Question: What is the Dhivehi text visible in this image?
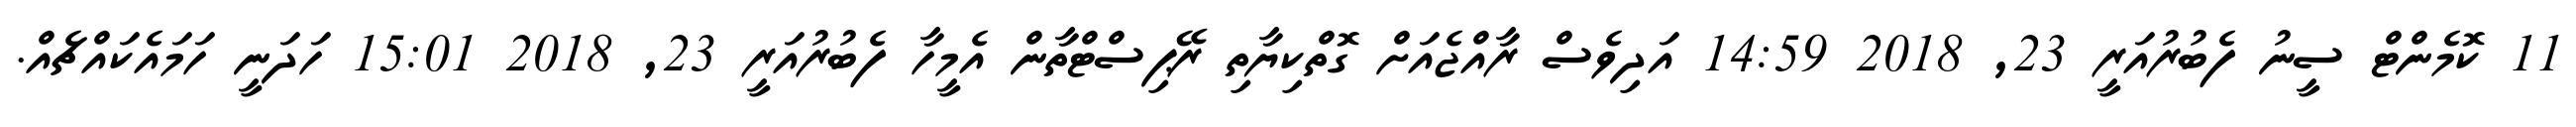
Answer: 11 ކޮމެންޓް ސީނު ފެބުރުއަރީ 23, 2018 14:59 އަދިވެސް ރާއްޖެއަށް ގޮތްކިޔާތި ރޭޕިސްޓްތާން އެމީހާ ފެބުރުއަރީ 23, 2018 15:01 ހަދަނީ ހަމައެކައްޗެއް.